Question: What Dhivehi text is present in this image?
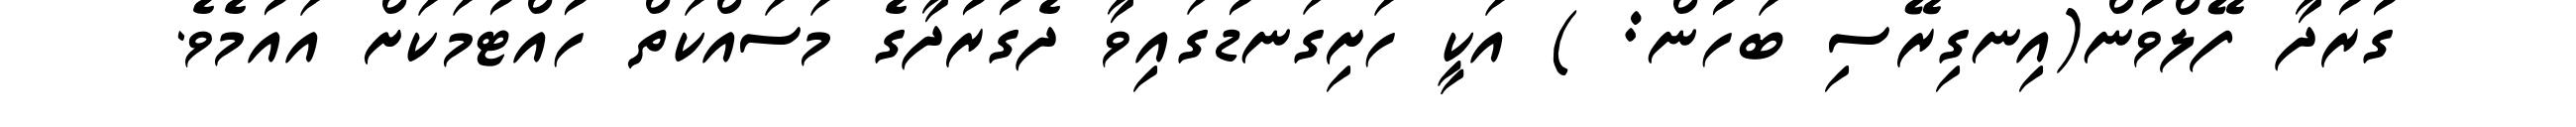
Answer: ގުރުދާ ފޭލްވުން(އިނގިރޭސި ބަހުން: ) އަކީ ހަށިގަނޑުގައިވާ ދެގުރުދާގެ މަސައްކަތް ހުއްޓުމަކަށް އައުމެވެ.